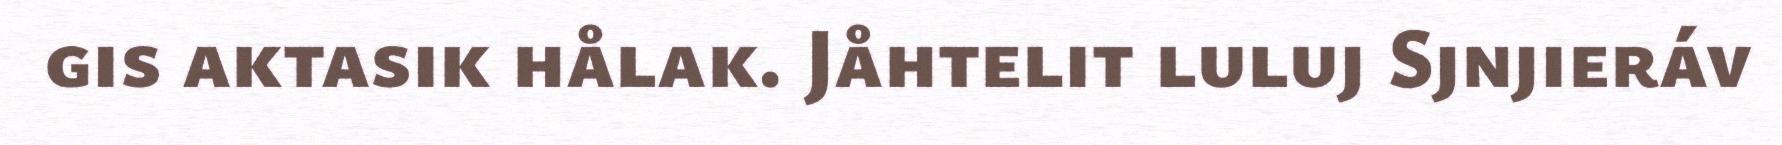
gis aktasik hålak. Jåhtelit luluj Sjnjieráv